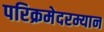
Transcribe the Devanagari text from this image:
परिक्रमेदरम्यान